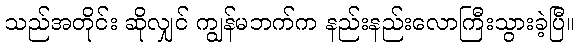
သည်အတိုင်း ဆိုလျှင် ကျွန်မဘက်က နည်းနည်းလောကြီးသွားခဲ့ပြီ။